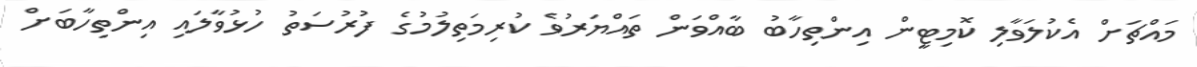
މައްޗަށް އެކުލަވާލި ކޮމިޓީން އިންތިހާބު ބާއްވަން ތައްޔަރުވެ ކުރިމަތިލުމުގެ ފުރުސަތު ހުޅުވާލައި އިންތިހާބަށް